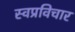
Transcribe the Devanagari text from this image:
स्वप्रविचार